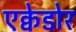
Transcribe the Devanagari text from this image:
एक्वेडोर